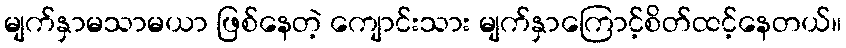
မျက်နှာမသာမယာ ဖြစ်နေတဲ့ ကျောင်းသား မျက်နှာကြောင့်စိတ်ထင့်နေတယ်။